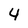
Character: 4